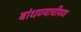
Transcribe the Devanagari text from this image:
बांधण्याचीपण